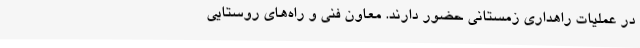
در عملیات راهداری زمستانی حضور دارند. معاون فنی و راه‌های روستایی